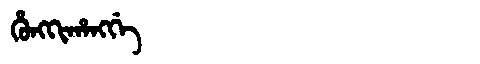
Manchu: ᡥᡠᠩᡴᡳᡥᠠᠩᡤᡝ
Romanization: HUNGKIHANGGE